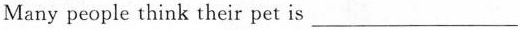
Many people think their pet is___